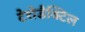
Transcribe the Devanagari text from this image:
टेरोडैक्टिल